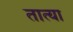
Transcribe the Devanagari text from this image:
तात्‍या